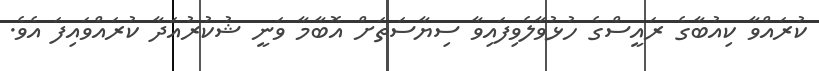
ކުރައްވާ ކިއުބާގެ ރައީސްގެ ހުޅުވާލެވިފައިވާ ސިޔާސަތަށް އޮބާމާ ވަނީ ޝުކުރުއަދާ ކުރައްވައިފަ އެވެ.